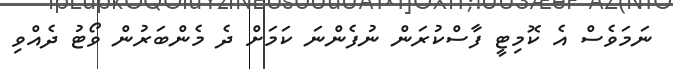
ނަމަވެސް އެ ކޮމިޓީ ފާސްކުރަން ނުފެންނަ ކަމަށް ދެ މެންބަރުން ވޯޓު ދެއްވި